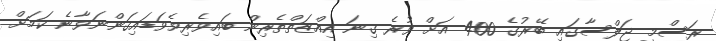
ރަސްމީ ޖަލްސާގައި ބޭރުގެ 400 އަށް ވުރެ ގިނަ އިއްޒަތްތެރިން ބައިވެރިވެވަޑައިގަންނަވާނެ ކަމަށް